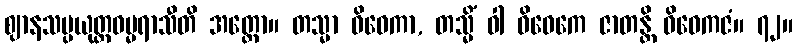
ဈာနသမ္ပယုတ္တဓမ္မရာသီတိ အတ္ထော။ တသ္မာ ဝိဝေကာ, တသ္မိံ ဝါ ဝိဝေကေ ဇာတန္တိ ဝိဝေကဇံ။ ၇၂။